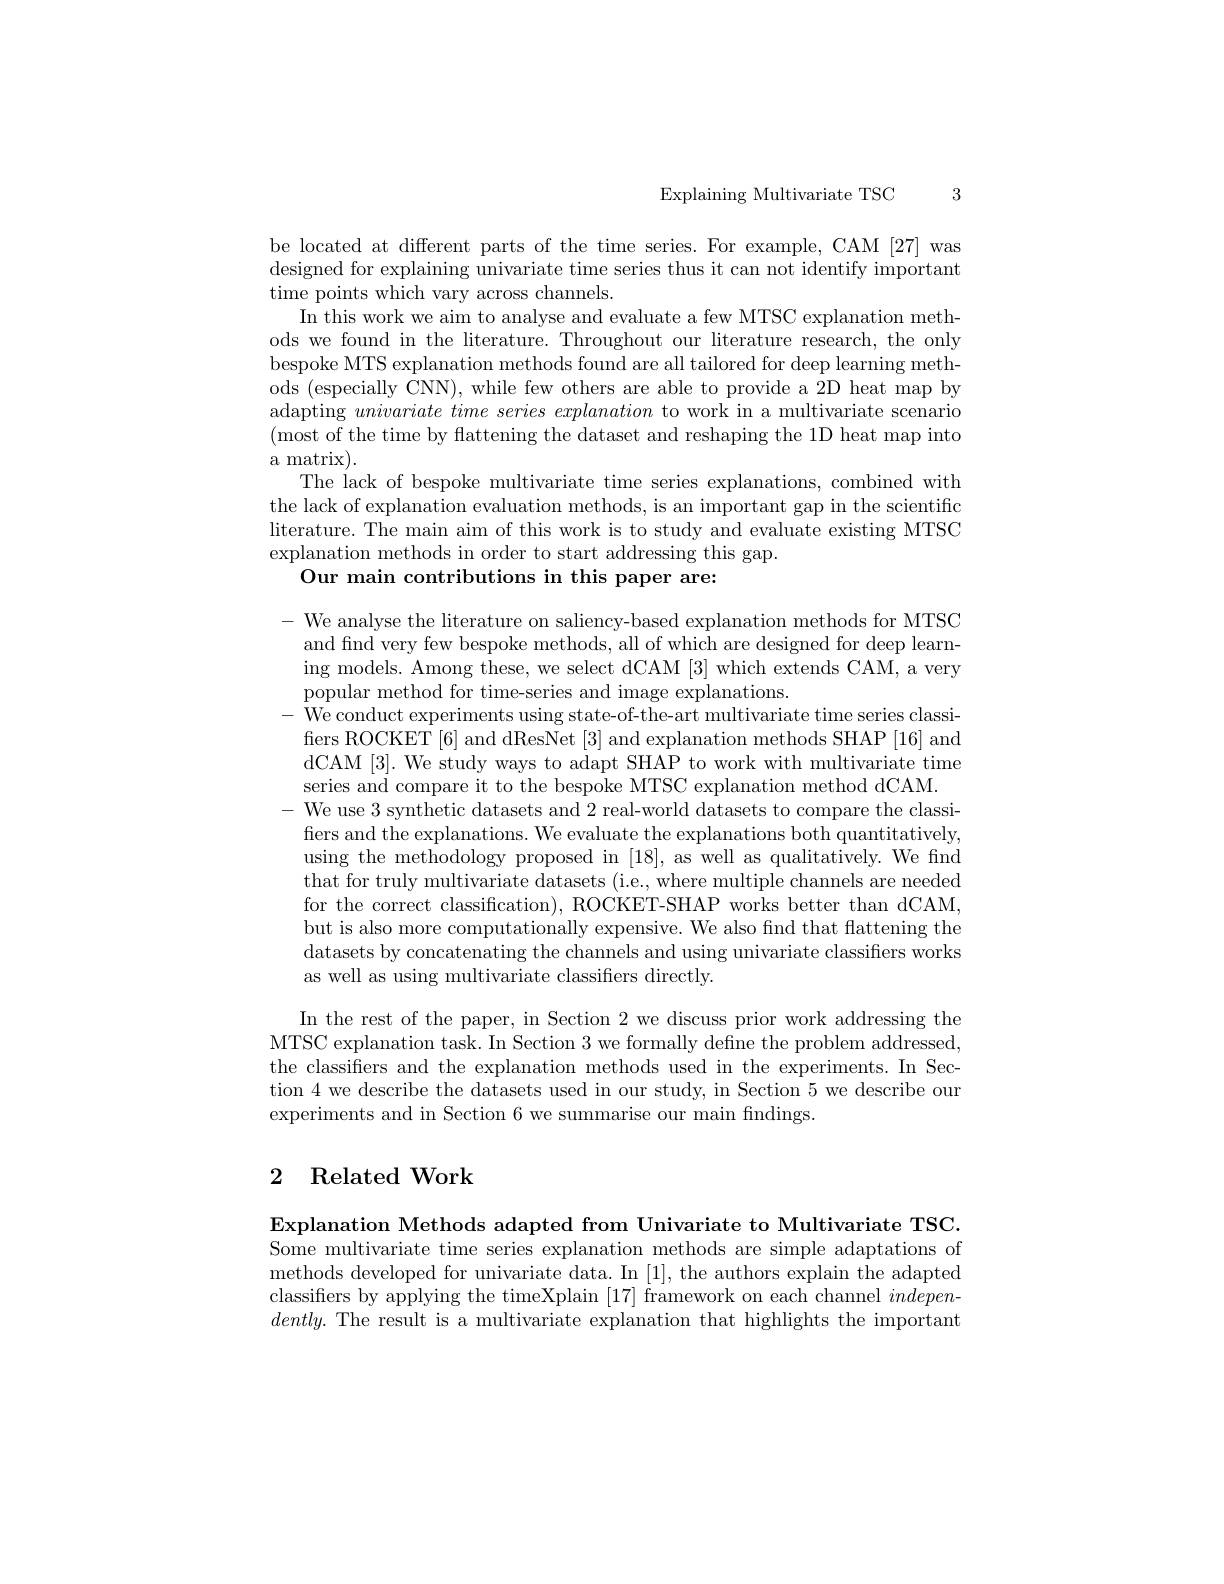
3

Explaining Multivariate TSC

be located at different parts of the time series. For example, CAM [27] was

designed for explaining univariate time series thus it can not identify important
time points which vary across channels.
In this work we aim to analyse and evaluate a few MTSC explanation methods we found in the literature. Throughout our literature research, the only bespoke MTS explanation methods found are all tailored for deep learning methods (especially CNN), while few others are able to provide a 2D heat map by adapting $univariate\textit{ time series explanation to work in a multivariate scenario}$ (most of the time by flattening the dataset and reshaping the 1D heat map into a matrix).
The lack of bespoke multivariate time series explanations, combined with the lack of explanation evaluation methods, is an important gap in the scientific literature. The main aim of this work is to study and evaluate existing MTSC explanation methods in order to start addressing this gap.
Our main contributions in this paper are:

- We analyse the literature on saliency-based explanation methods for MTSC and find very few bespoke methods, all of which are designed for deep learning models. Among these, we select dCAM [3] which extends CAM, a very popular method for time-series and image explanations.
- We conduct experiments using state-of-the-art multivariate time series classifers ROCKET [6] and dResNet [3] and explanation methods SHAP [16] and dCAM [3]. We study ways to adapt SHAP to work with multivariate time series and compare it to the bespoke MTSC explanation method dCAM.
- We use 3 synthetic datasets and 2 real-world datasets to compare the classi-
fers and the explanations. We evaluate the explanations both quantitatively, using the methodology proposed in [18], as well as qualitatively. We find that for truly multivariate datasets (i.e., where multiple channels are needed for the correct classification), ROCKET-SHAP works better than dCAM but is also more computationally expensive. We also find that flattening the datasets by concatenating the channels and using univariate classifiers works as well as using multivariate classifiers directly.

In the rest of the paper, in Section 2 we discuss prior work addressing the MTSC explanation task. In Section 3 we formally define the problem addressed, the classifiers and the explanation methods used in the experiments. In Section 4 we describe the datasets used in our study, in Section 5 we describe oun experiments and in Section 6 we summarise our main fndings

## 2 Related Work

Explanation Methods adapted from Univariate to Multivariate TSC. Some multivariate time series explanation methods are simple adaptations of methods developed for univariate data. In [1], the authors explain the adapted classifiers by applying the timeXplain [17] framework on each channel indepen- $dently.$ The result is a multivariate explanation that highlights the important